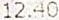
12.40